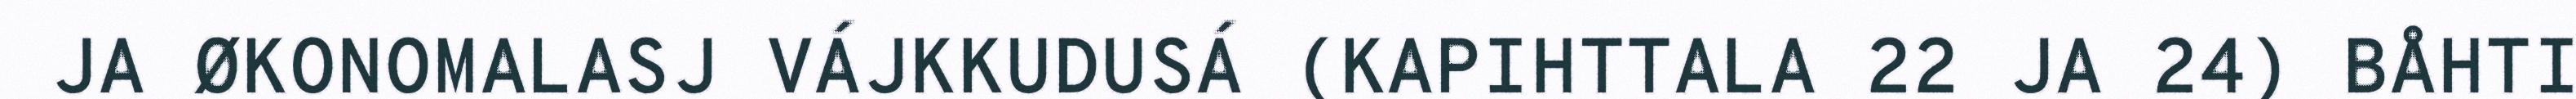
JA ØKONOMALASJ VÁJKKUDUSÁ (KAPIHTTALA 22 JA 24) BÅHTI